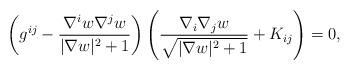
LaTeX: \begin{align*}\left(g^{ij}-\dfrac{\nabla^iw\nabla^jw}{|\nabla w|^2+1}\right)\left(\dfrac{\nabla_i\nabla_jw}{\sqrt{|\nabla w|^2+1}}+K_{ij}\right)=0,\end{align*}